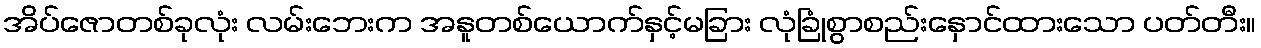
အိပ်ဇောတစ်ခုလုံး လမ်းဘေးက အနူတစ်ယောက်နှင့်မခြား လုံခြုံစွာစည်းနှောင်ထားသော ပတ်တီး။